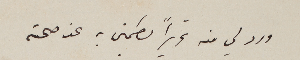
ورد لي منه تحريراً يطمني به عن صحته